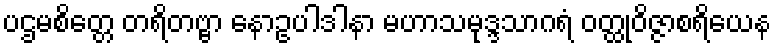
ပဌမစိတ္တေ တရိတဗ္ဗာ နောဥပါဒါနာ မဟာသမုဒ္ဒသာဂရံ ဝတ္ထုဝိဇ္ဇာစရိယေန